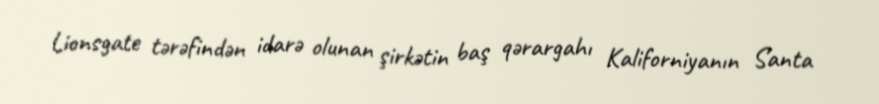
Lionsgate tərəfindən idarə olunan şirkətin baş qərargahı Kaliforniyanın Santa